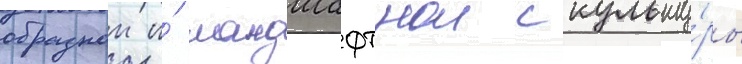
образнои и́ ландшафтнои скульпту́ры